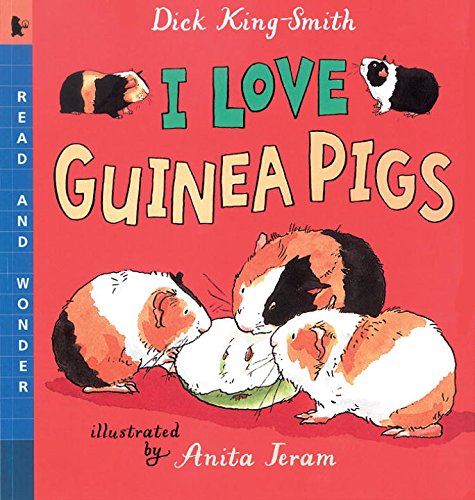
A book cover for I Love Guinea Pigs: Read and Wonder; Dick King-Smith; Children's Books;